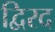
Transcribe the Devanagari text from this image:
द्विरद